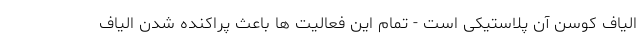
الیاف کوسن آن پلاستیکی است - تمام این فعالیت ها باعث پراکنده شدن الیاف